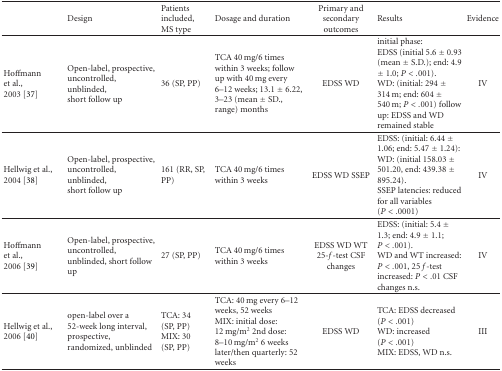
|  | Design | Patients included, MS type | Dosage and duration | Primary and secondary outcomes | Results | Evidence |
 | --- | --- | --- | --- | --- | --- | --- |
 | Hoffmann et al., 2003 [37] | Open-label, prospective, uncontrolled, unblinded, short follow up | 36 (SP, PP) | TCA 40 mg/6 times within 3 weeks; follow up with 40 mg every 6–12 weeks; 13.1 ± 6.22, 3–23 (mean ± SD., range) months | EDSS WD | initial phase: EDSS (initial 5.6 ± 0.93 (mean ± S.D.); end: 4.9 ± 1.0; P < .001). WD: (initial: 294 ± 314 m; end: 604 ± 540 m; P < .001) follow up: EDSS and WD remained stable | IV |
 | Hellwig et al., 2004 [38] | Open-label, prospective, uncontrolled, unblinded, short follow up | 161 (RR, SP, PP) | TCA 40 mg/6 times within 3 weeks | EDSS WD SSEP | EDSS: (initial: 6.44 ± 1.06; end: 5.47 ± 1.24): WD: (initial 158.03 ± 501.20, end: 439.38 ± 895.24). SSEP latencies: reduced for all variables (P < .0001) | IV |
 | Hoffmann et al., 2006 [39] | Open-label, prospective, uncontrolled, unblinded, short follow up | 27 (SP, PP) | TCA 40 mg/6 times within 3 weeks | EDSS WD WT 25-f-test CSF changes | EDSS: (initial: 5.4 ± 1.3; end: 4.9 ± 1.1; P < .001). WD and WT increased: P < .001, 25 f-test increased: P < .01 CSF changes n.s. | IV |
 | Hellwig et al., 2006 [40] | open-label over a 52-week long interval, prospective, randomized, unblinded | TCA: 34 (SP, PP) MIX: 30 (SP, PP) | TCA: 40 mg every 6–12 weeks, 52 weeks MIX: initial dose: 12 mg/m2 2nd dose: 8–10 mg/m2 6 weeks later/then quarterly: 52 weeks | EDSS WD | TCA: EDSS decreased (P < .001) WD: increased (P < .001) MIX: EDSS, WD n.s. | III |